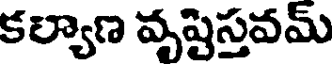
కల్యాణ వృష్టిస్తవమ్